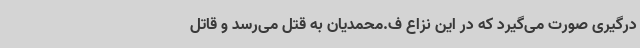
درگیری صورت می‌گیرد که در این نزاع ف.محمدیان به قتل می‌رسد و قاتل